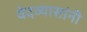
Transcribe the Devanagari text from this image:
वेदव्यासांनी